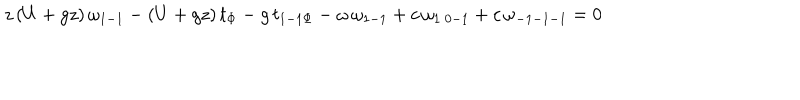
LaTeX: z \, ( U + g z ) \, \omega _ { 1 - 1 } - ( U + g z ) \, t _ { \Phi } - g \, t _ { 1 - 1 \Phi } - \omega \, \omega _ { 1 - 1 } + c \, \omega _ { 1 \ 0 - 1 } + c \, \omega _ { - 1 - 1 - 1 } = 0